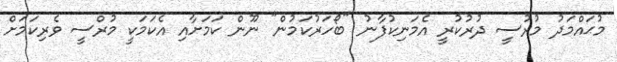
މުޙައްމަދު މުރުސީ ދުރުކުރީ އެމަނިކުފާނު "ބޯހަރުކަމުން" ނޫން ކަމަށާއި އެކަމަކީ މުރްސީ ވެރިކަމަށް